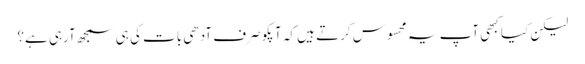
لیکن کیا کبھی آپ یہ محسوس کرتے ہیں کہ آپکو صرف آدھی بات کی ہی سمجھ آرہی ہے؟